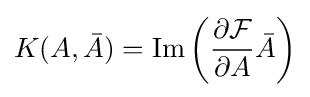
K(A,{\bar {A}})=\mathrm {Im} \left({\frac {\partial {\mathcal {F}}}{\partial A}}{\bar {A}}\right)